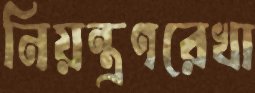
নিয়ন্ত্রণরেখা